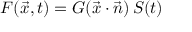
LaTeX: F ( { \vec { x } } , t ) = G ( { \vec { x } } \cdot { \vec { n } } ) \, S ( t )